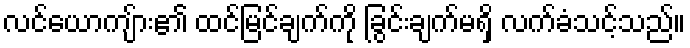
လင်ယောကျ်ား၏ ထင်မြင်ချက်ကို ခြွင်းချက်မရှိ လက်ခံသင့်သည်။